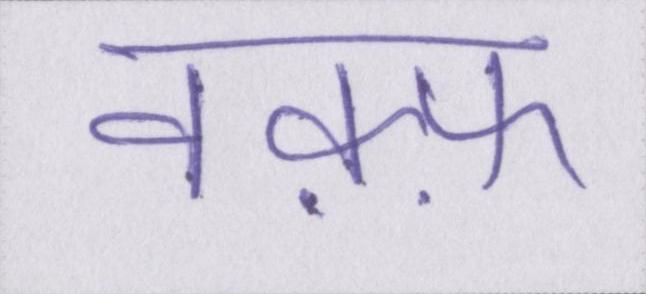
वक़्फ़